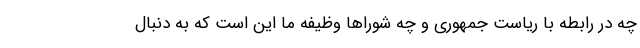
چه در رابطه با ریاست جمهوری و چه شوراها وظیفه ما این است که به دنبال